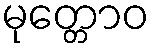
မုတ္တောဝ